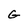
Character: G